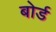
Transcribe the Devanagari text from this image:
बोर्ड